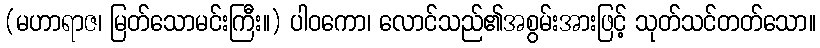
(မဟာရာဇ၊ မြတ်သောမင်းကြီး။) ပါဝကော၊ လောင်သည်၏အစွမ်းအားဖြင့် သုတ်သင်တတ်သော။